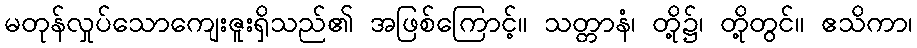
မတုန်လှုပ်သောကျေးဇူးရှိသည်၏ အဖြစ်ကြောင့်။ သတ္တာနံ၊ တို့၌၊ တို့တွင်။ ဧသိကာ၊